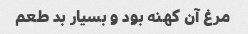
مرغ آن کهنه بود و بسیار بد طعم